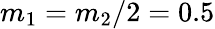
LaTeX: m_{1}={m_{2}}/{2}=0.5